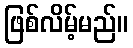
ဖြစ်လိမ့်မည်။